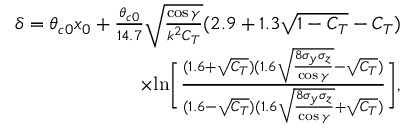
\begin{array} { r } { \delta = \theta _ { c 0 } x _ { 0 } + \frac { \theta _ { c 0 } } { 1 4 . 7 } \sqrt { \frac { \cos { \gamma } } { k ^ { 2 } C _ { T } } } ( 2 . 9 + 1 . 3 \sqrt { 1 - C _ { T } } - C _ { T } ) } \\ { \times \mathrm { l n } \Bigg [ \frac { ( 1 . 6 + \sqrt { C _ { T } } ) ( 1 . 6 \sqrt { \frac { 8 \sigma _ { y } \sigma _ { z } } { \cos { \gamma } } } - \sqrt { C _ { T } } ) } { ( 1 . 6 - \sqrt { C _ { T } } ) ( 1 . 6 \sqrt { \frac { 8 \sigma _ { y } \sigma _ { z } } { \cos { \gamma } } } + \sqrt { C _ { T } } ) } \Bigg ] , } \end{array}